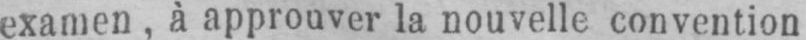
examen, à approuver la nouvelle convention